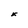
Character: k